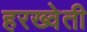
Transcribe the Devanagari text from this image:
हरख्वेती